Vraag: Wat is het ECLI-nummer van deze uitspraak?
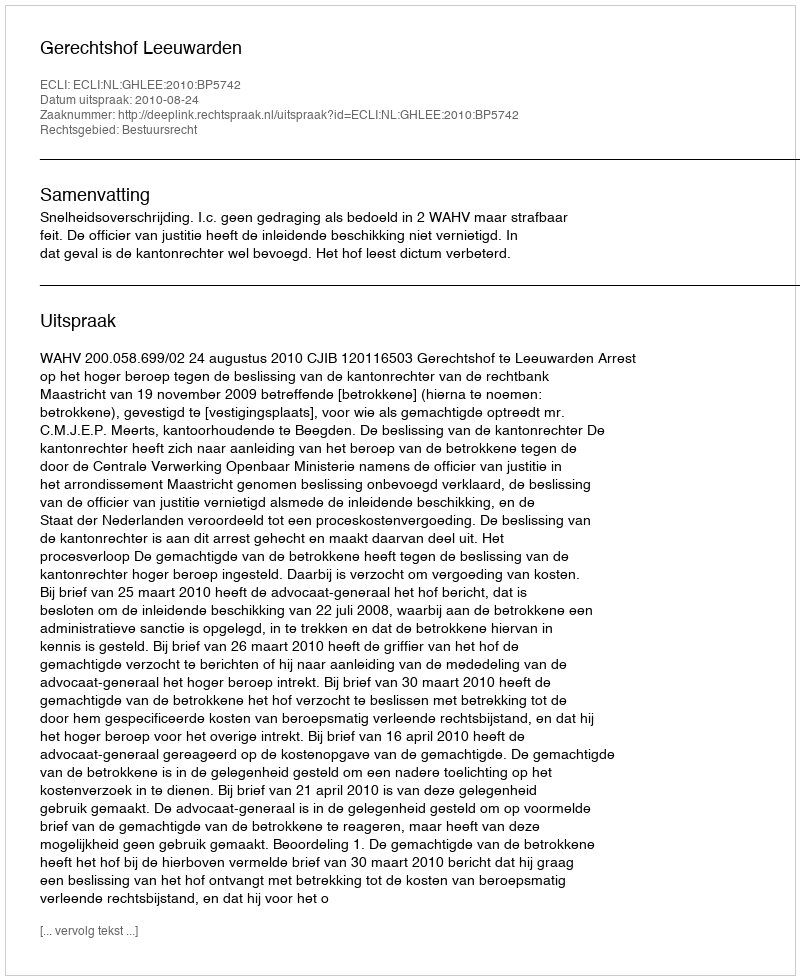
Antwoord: ECLI:NL:GHLEE:2010:BP5742